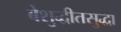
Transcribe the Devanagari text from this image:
बेशुद्धीतसुद्धा